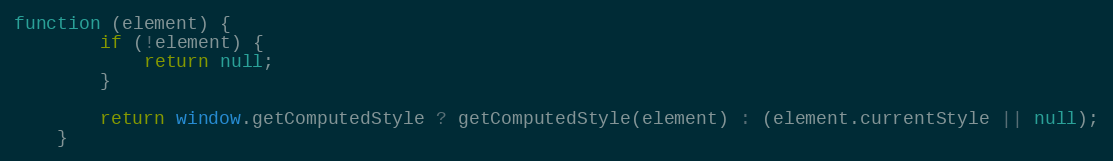
Language: JavaScript
function (element) {
		if (!element) {
			return null;
		}

		return window.getComputedStyle ? getComputedStyle(element) : (element.currentStyle || null);
	}